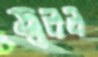
জ্বলল